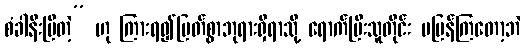
စံခါနီးပြီတဲ့” ဟု ကြားရ၍မြတ်စွာဘုရားရှိရာသို့ ရောက်ပြီးသူတိုင်း မပြန်ကြတော့ဘဲ